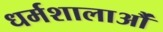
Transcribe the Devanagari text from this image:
धर्मशालाऔं